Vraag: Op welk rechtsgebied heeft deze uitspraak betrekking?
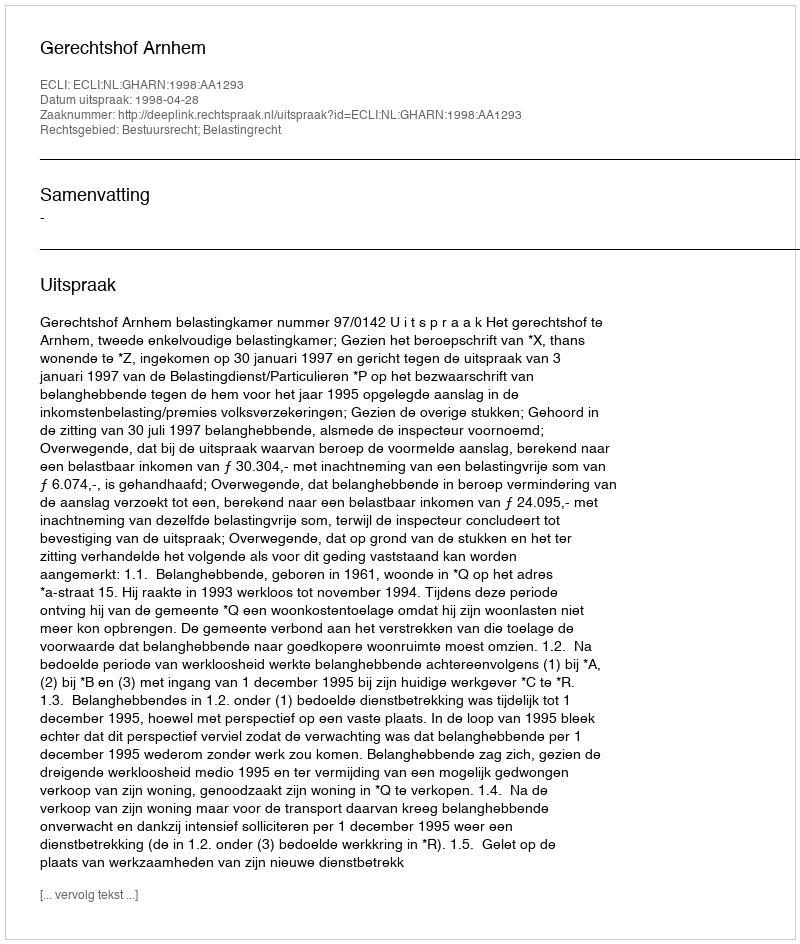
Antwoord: Bestuursrecht; Belastingrecht